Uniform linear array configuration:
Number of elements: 4
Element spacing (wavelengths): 1
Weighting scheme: cosine
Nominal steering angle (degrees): -45
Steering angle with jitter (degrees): -46.089
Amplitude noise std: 0.05
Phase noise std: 0.05

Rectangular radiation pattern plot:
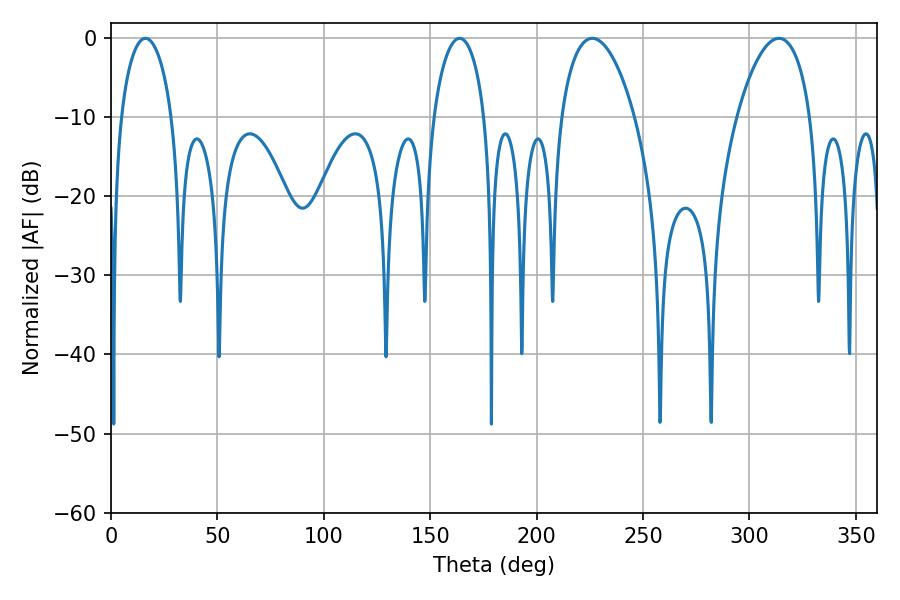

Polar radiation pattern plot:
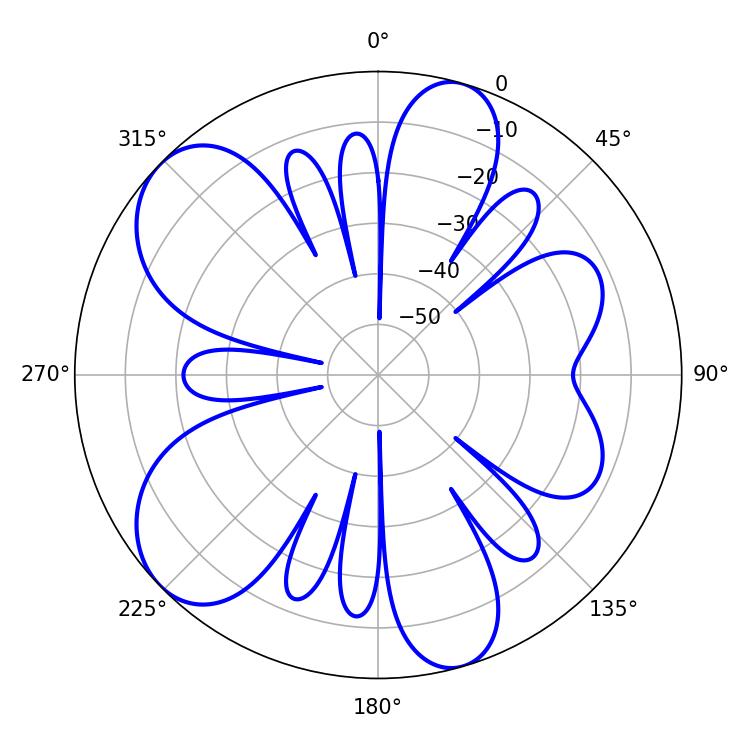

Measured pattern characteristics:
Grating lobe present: TRUE
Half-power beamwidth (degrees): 13.86
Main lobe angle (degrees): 16.2